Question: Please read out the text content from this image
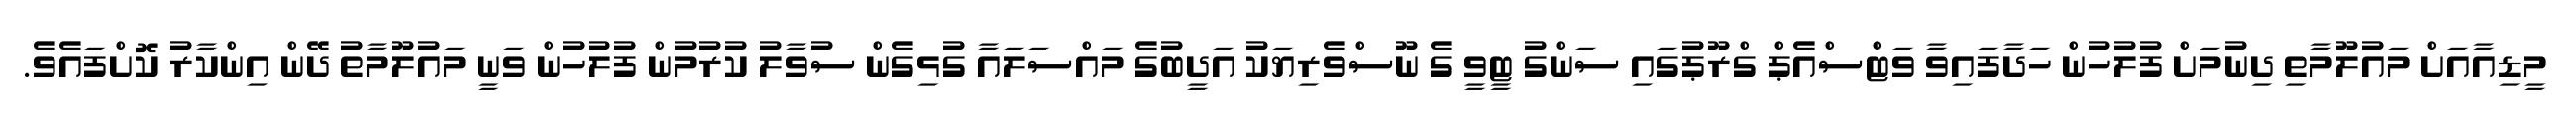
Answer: މީޑިއާއަށް މައުލޫމާތި ދިނުމަށް ފުލުހުން ހަދާފައިވާ ވަޓްސްއެޕް ގްރޫޕުގައި ސަންގު ޓީވީ ގެ ނޫސްވެރިޔަކު އަދީބުގެ މައްސަލައާ ގުޅިގެން ސުވާލު ކުރުމުން ފުލުހުން ވަނީ މައުލޫމާތު ދޭން އިންކާރު ކޮށްފައެވެ.